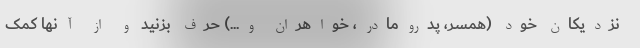
نزدیکان خود (همسر، پدرومادر، خواهران و...) حرف بزنید و از آنها کمک